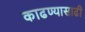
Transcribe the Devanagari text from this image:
काढण्यासाढी